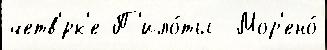
четв'́рк'е П'ило́ты  Мор'ено́